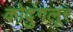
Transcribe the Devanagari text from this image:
कोदुंगलूर